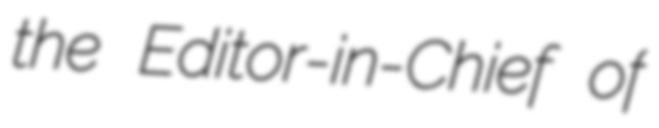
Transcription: the Editor-in-Chief of